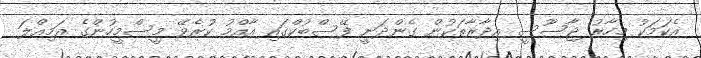
އެކަމަކު މިހާރު ޖާސޫސީ އިދާރާތަކުން ގެންދަނީ ފޭސްބުކްގައި އާއްމު ކުރެވޭ މީސްމީހުންގެ އަމިއްލަ